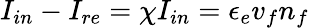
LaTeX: I_{in}-I_{re}=\chi I_{in}=\epsilon_{e}v_{f}n_{f}